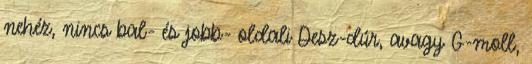
nehéz, nincs bal- és jobb- oldali Desz-dúr, avagy G-moll,